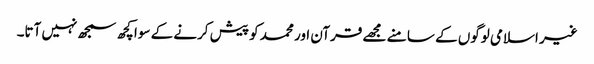
غیر اسلامی لوگوں کے سا منے مجھے قرآن اور محمد کو پیش کرنے کے سوا کچھ سمجھ نہیں آتا۔